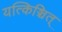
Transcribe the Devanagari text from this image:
यत्किञ्चित्